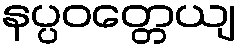
နပ္ပဝတ္တေယျ